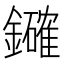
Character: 𮣞